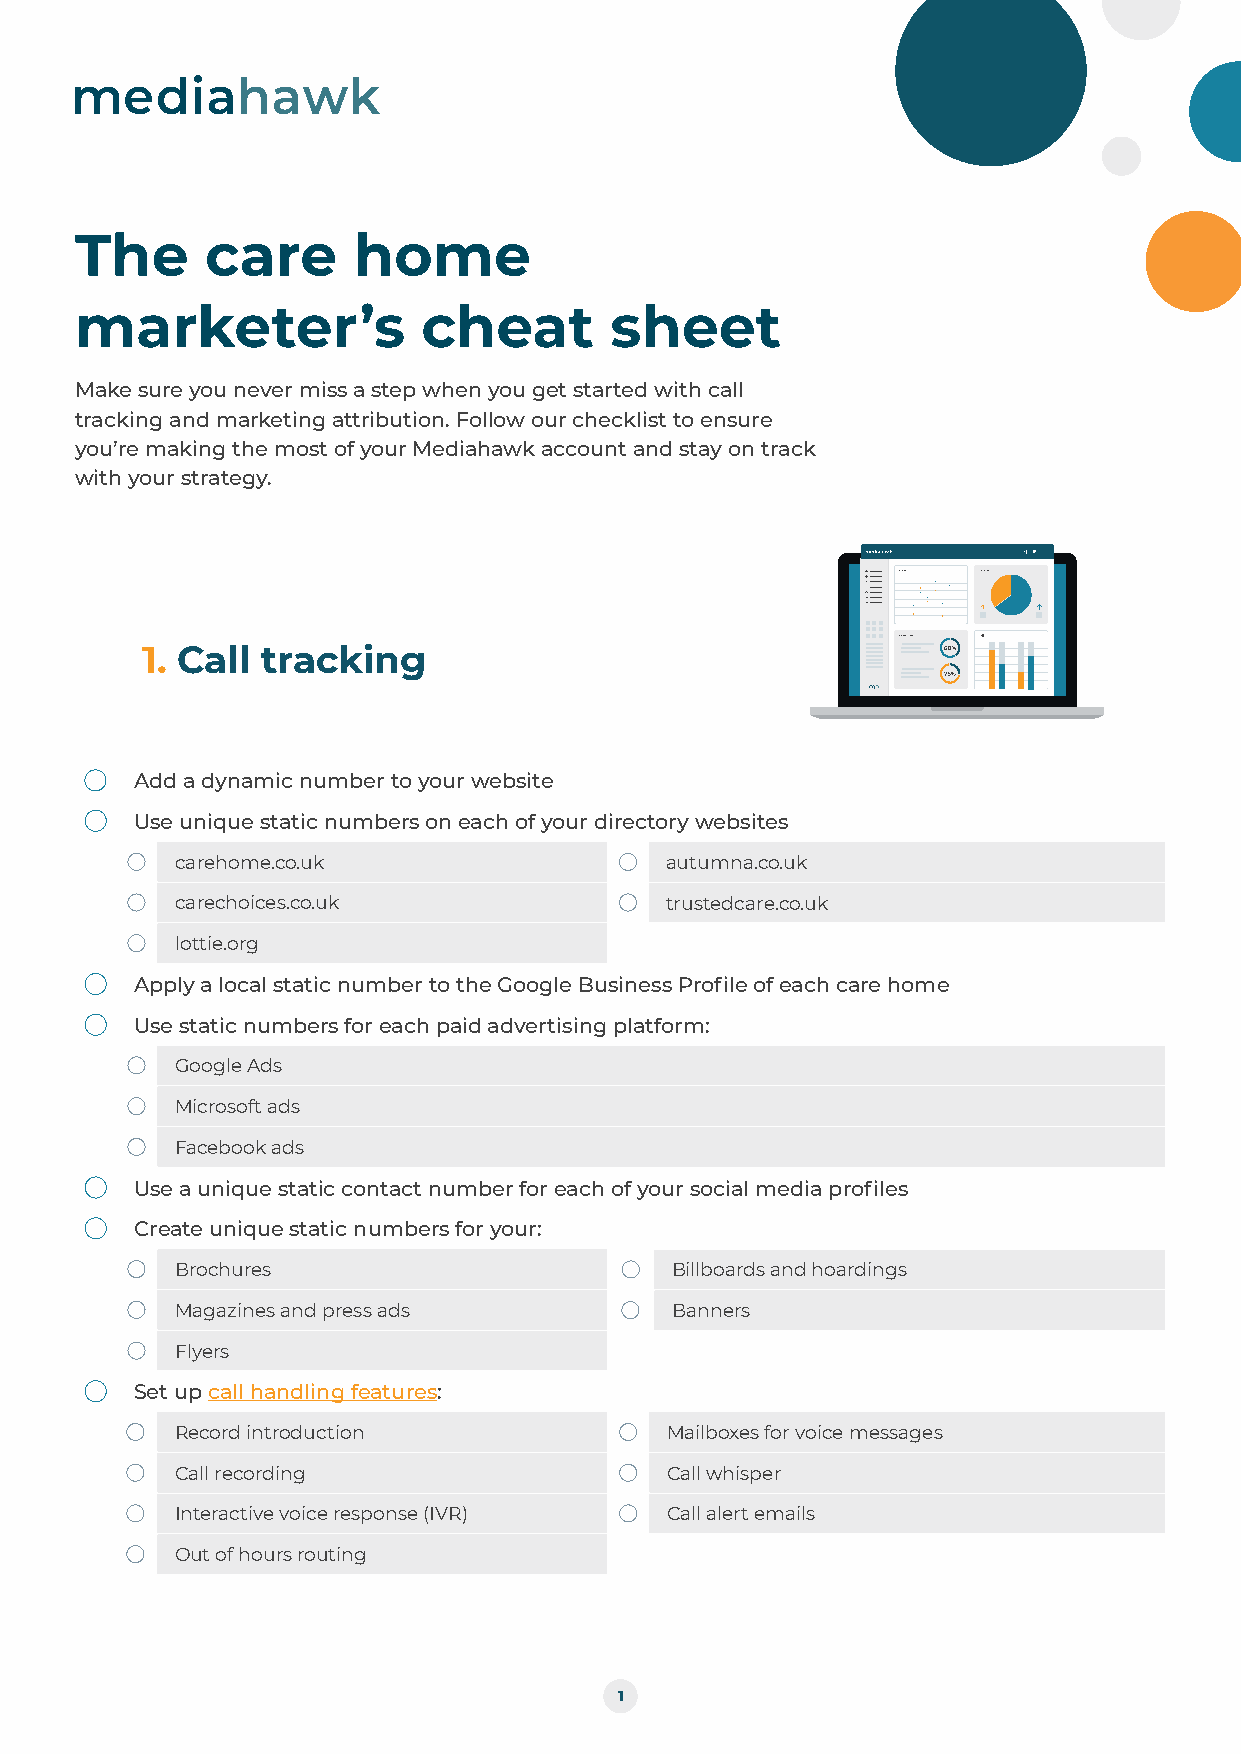
The      care     home
 marketer’s             cheat       sheet
 Make sure you never miss a step when you get started with call
 tracking and marketing attribution. Follow our checklist to ensure
 you’re making the most of your Mediahawk account and stay on track
 with your strategy.
 1. Call tracking
 Add a dynamic number to your website
 Use unique static numbers on each of your directory websites
 carehome.co.uk                  autumna.co.uk
 carechoices.co.uk               trustedcare.co.uk
 lottie.org
 Apply a local static number to the Google Business Profile of each care home
 Use static numbers for each paid advertising platform:
 Google Ads
 Microsoft ads
 Facebook ads
 Use a unique static contact number for each of your social media profiles
 Create unique static numbers for your:
 Brochures                       Billboards and hoardings
 Magazines and press ads         Banners
 Flyers
 Set up call handling features:
 Record introduction             Mailboxes for voice messages
 Call recording                  Call whisper
 Interactive voice response (IVR) Call alert emails
 Out of hours routing
 1